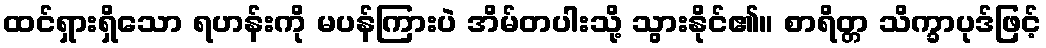
ထင်ရှားရှိသော ရဟန်းကို မပန်ကြားပဲ အိမ်တပါးသို့ သွားနိုင်၏။ စာရိတ္တ သိက္ခာပုဒ်ဖြင့်